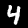
Label: 4